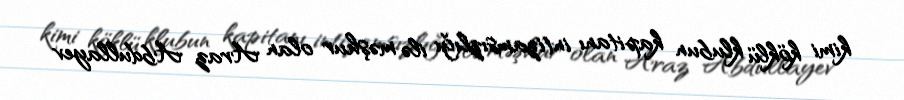
kimi köklü klubun kapitanı intizamsızlığı ilə məşhur olan Araz Abdullayev